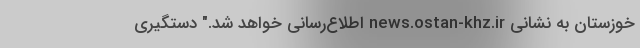
خوزستان به نشانی news.ostan-khz.ir اطلاع‌رسانی خواهد شد." دستگیری